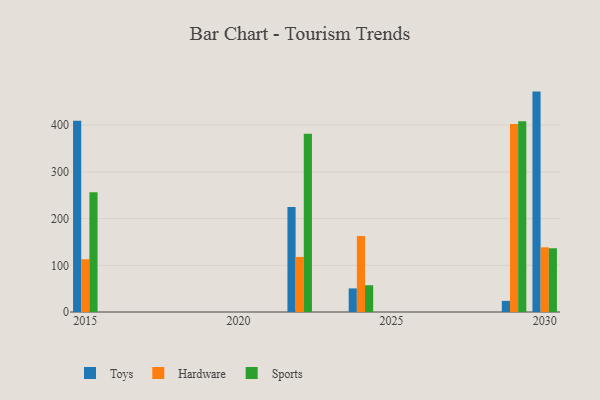
{"axis": {"x": "Year", "y": "Churn Rate (%)"}, "legend": ["Hardware", "Sports", "Toys"], "data": [{"x": "2022", "y": 224.8, "type": "Toys"}, {"x": "2022", "y": 117.9, "type": "Hardware"}, {"x": "2022", "y": 381.6, "type": "Sports"}, {"x": "2015", "y": 409.6, "type": "Toys"}, {"x": "2015", "y": 112.9, "type": "Hardware"}, {"x": "2015", "y": 256.3, "type": "Sports"}, {"x": "2024", "y": 50.5, "type": "Toys"}, {"x": "2024", "y": 162.6, "type": "Hardware"}, {"x": "2024", "y": 57.3, "type": "Sports"}, {"x": "2030", "y": 471.9, "type": "Toys"}, {"x": "2030", "y": 138.5, "type": "Hardware"}, {"x": "2030", "y": 136.5, "type": "Sports"}, {"x": "2029", "y": 23.8, "type": "Toys"}, {"x": "2029", "y": 402.4, "type": "Hardware"}, {"x": "2029", "y": 408.3, "type": "Sports"}]}